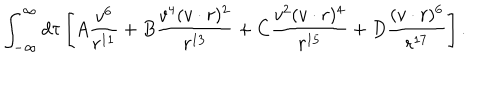
\int _ { - \infty } ^ { \infty } d \tau \left[ A \frac { v ^ { 6 } } { r ^ { 1 1 } } + B \frac { v ^ { 4 } ( v \cdot r ) ^ { 2 } } { r ^ { 1 3 } } + C \frac { v ^ { 2 } ( v \cdot r ) ^ { 4 } } { r ^ { 1 5 } } + D \frac { ( v \cdot r ) ^ { 6 } } { r ^ { 1 7 } } \right] .